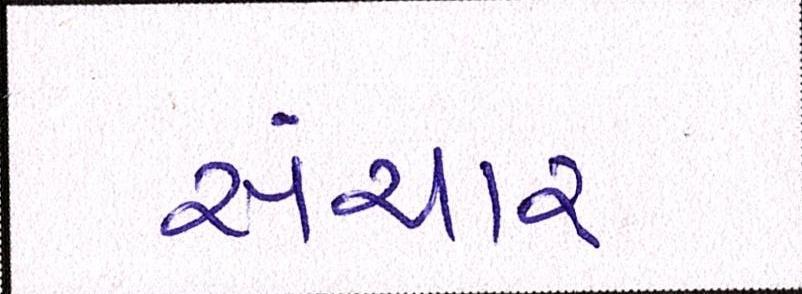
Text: સંચાર